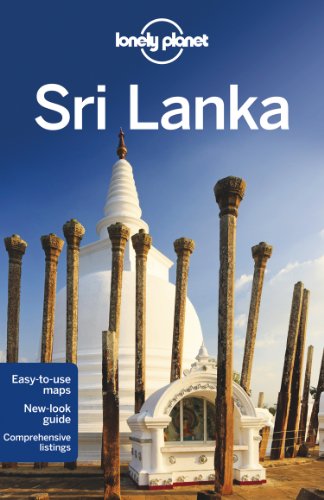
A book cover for Lonely Planet Sri Lanka (Travel Guide); Lonely Planet; Travel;